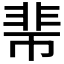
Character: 𩇱